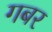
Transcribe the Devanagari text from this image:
गबर